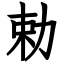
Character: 勅